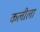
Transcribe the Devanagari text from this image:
कलीला